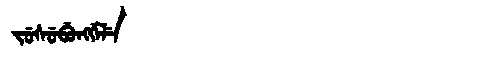
Manchu: ᠵᡠᠰᡠᠪᡠᠩᡤᡝᠯᡝ
Romanization: JUSUBUNGGELE